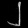
Digit: ၂